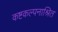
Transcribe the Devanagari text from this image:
कष्टकल्पनाश्रित